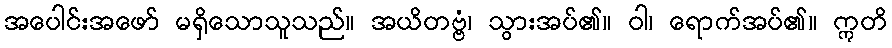
အပေါင်းအဖော် မရှိသောသူသည်။ အယိတဗ္ဗံ၊ သွားအပ်၏။ ဝါ၊ ရောက်အပ်၏။ ဣတိ